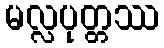
မလ္လပုတ္တဿ